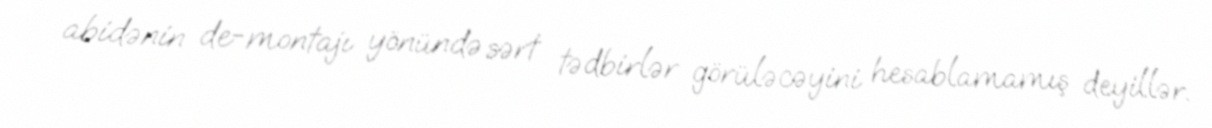
abidənin de-montajı yönündə sərt tədbirlər görüləcəyini hesablamamış deyillər.